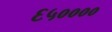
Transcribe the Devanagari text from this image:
६५००००